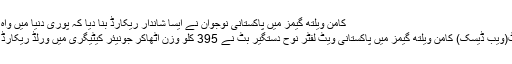
کامن ویلتھ گیمز میں پاکستانی نوجوان نے ایسا شاندار ریکارڈ بنا دیا کہ پوری دنیا میں واہ واہ ہو گئی
گولڈ کوسٹ(ویب ڈیسک) کامن ویلتھ گیمز میں پاکستانی ویٹ لفٹر نوح دستگیر بٹ نے 395 کلو وزن اٹھاکر جونیئر کیٹیگری میں ورلڈ ریکارڈ قائم کردیا۔